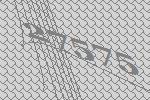
27575